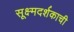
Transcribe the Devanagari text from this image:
सूक्ष्मदर्शकाची